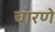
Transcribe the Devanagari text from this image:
चारणे